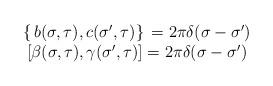
LaTeX: \begin{align*}\begin{array}{cc}\left\{ \,b(\sigma ,\tau ),c({\sigma }^{\prime },\tau )\right\} \,=2\pi\delta (\sigma -{\sigma }^{\prime }) & \\ \left[ \beta (\sigma ,\tau ),\gamma ({\sigma }^{\prime },\tau )\right] =2\pi\delta (\sigma -{\sigma }^{\prime }) & \end{array}\end{align*}